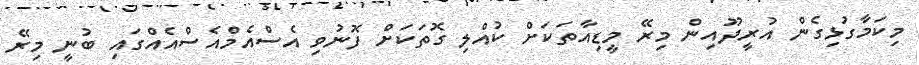
މިކަމާގުޅިގެން އުރީދޫއިން މިރޭ މީޑިއާތަކަށް ކުއްލި ގޮތަކަށް ފޮނުވި އެސްއެމްއެސްއެއްގައި ބުނީ މިރޭ